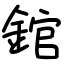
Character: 錧